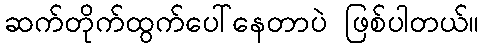
ဆက်တိုက်ထွက်ပေါ်နေတာပဲ ဖြစ်ပါတယ်။